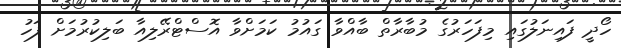
ހޯދީ ފައިނަލުގައި މިފަހަރުގެ މުބާރާތް ބާއްވާ ގައުމު ކަމަށްވާ އޮސްޓްރޭލިއާ ބަލިކުރުމަށް ފަހު